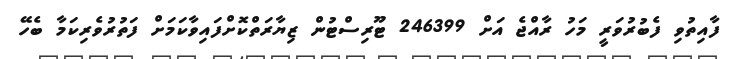
ފާއިތުވި ފެބުރުވަރީ މަހު ރާއްޖެ އަށް 246399 ޓޫރިސްޓުން ޒިޔާރަތްކޮށްފައިވާކަމަށް ފަތުރުވެރިކަމާ ބެހޭ